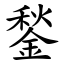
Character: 鍫